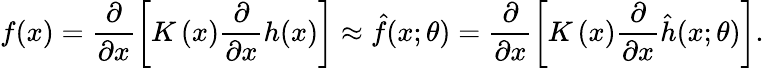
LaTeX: f(x)=\frac{\partial}{{\partial{x}}}\left[{K\left(x\right)\frac\partial{{\partial x}}h(x)}\right]\approx\hat{f}(x;\theta)=\frac{\partial}{{\partial{x}}}\left[{K\left(x\right)\frac\partial{{\partial x}}\hat{h}(x;\theta)}\right].